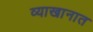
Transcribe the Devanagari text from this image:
व्याखानात